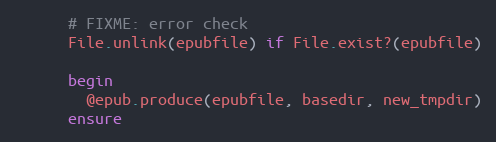
Language: Ruby
      # FIXME: error check
      File.unlink(epubfile) if File.exist?(epubfile)

      begin
        @epub.produce(epubfile, basedir, new_tmpdir)
      ensure